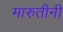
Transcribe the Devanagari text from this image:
मारुतीनी